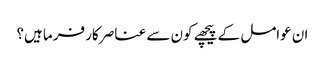
ان عوامل کے پیچھے کون سے عناصر کار فرما ہیں؟